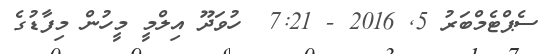
ސެޕްޓެމްބަރު 5